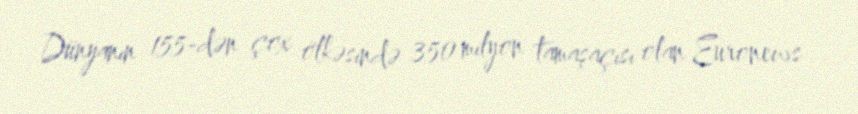
Dünyanın 155-dən çox ölkəsində 350 milyon tamaşaçısı olan Euronews